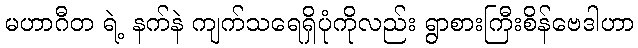
မဟာဂီတ ရဲ့ နက်နဲ ကျက်သရေရှိပုံကိုလည်း ရွာစားကြီးစိန်ဗေဒါဟာ